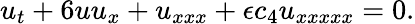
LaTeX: u_{t}+6uu_{x}+u_{xxx}+\epsilon c_{4}u_{xxxxx}=0.